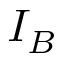
I _ { B }